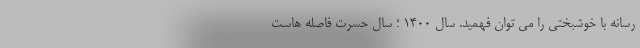
رسانه با خوشبختی را می توان فهمید. سال ۱۴۰۰ ؛ سال حسرت فاصله هاست